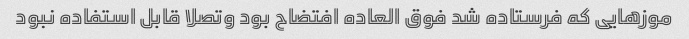
موزهایی که فرستاده شد فوق العاده افتضاح بود و‌تصلا قابل استفاده نبود